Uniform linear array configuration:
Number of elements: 48
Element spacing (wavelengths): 0.75
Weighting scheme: cosine
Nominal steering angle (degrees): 45
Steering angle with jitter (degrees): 46.434
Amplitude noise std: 0.05
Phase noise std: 0.05

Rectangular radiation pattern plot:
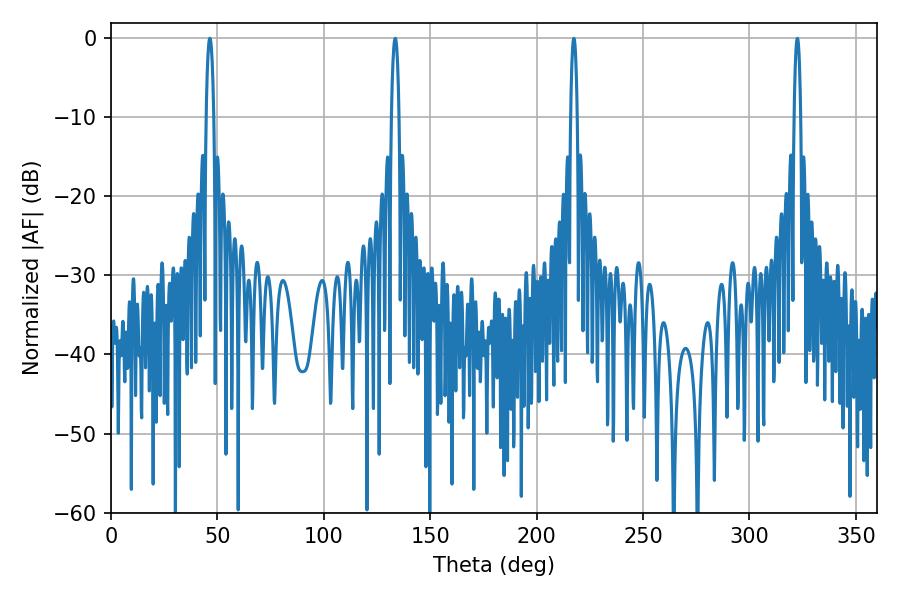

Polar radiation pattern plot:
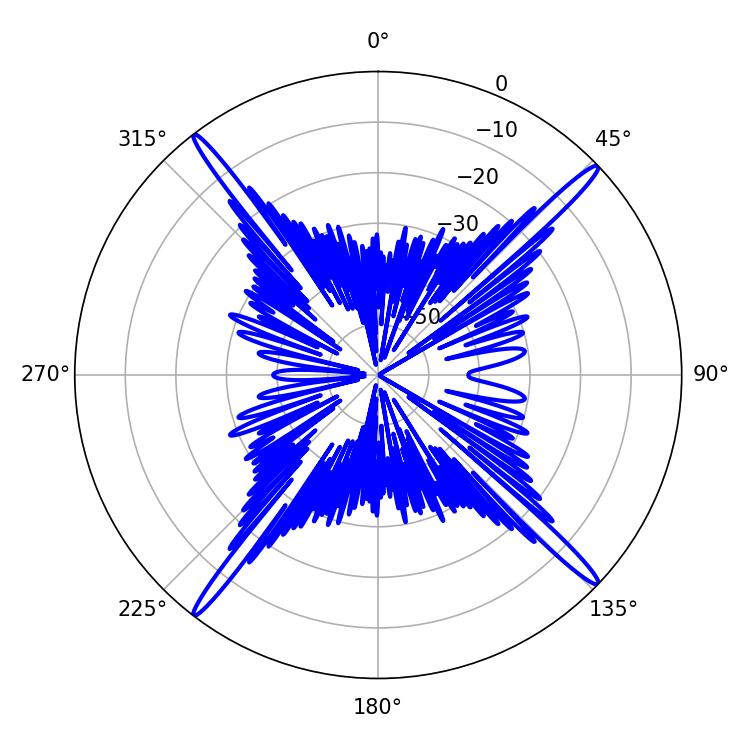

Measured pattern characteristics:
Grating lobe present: TRUE
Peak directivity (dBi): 20.994
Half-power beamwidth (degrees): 1.98
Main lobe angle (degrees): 133.56